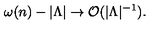
\omega ( n ) - | \Lambda | \to { \cal O } ( | \Lambda | ^ { - 1 } ) .